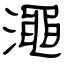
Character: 澠